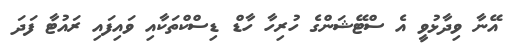
އޭނާ ވިދާޅުވީ އެ ސްޓޭޝަންގެ ހުރިހާ ހާޑް ޑިސްކްތަކާއި ވައިފައި ރައުޓާ ފަދަ